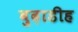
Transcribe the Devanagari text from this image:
बुढ़ाडीह